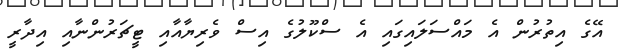
އޭގެ އިތުރުން އެ މައްސަލައިގައި އެ ސްކޫލުގެ އިސް ވެރިޔާއާއި ޓީޗަރުންނާއި އިދާރީ